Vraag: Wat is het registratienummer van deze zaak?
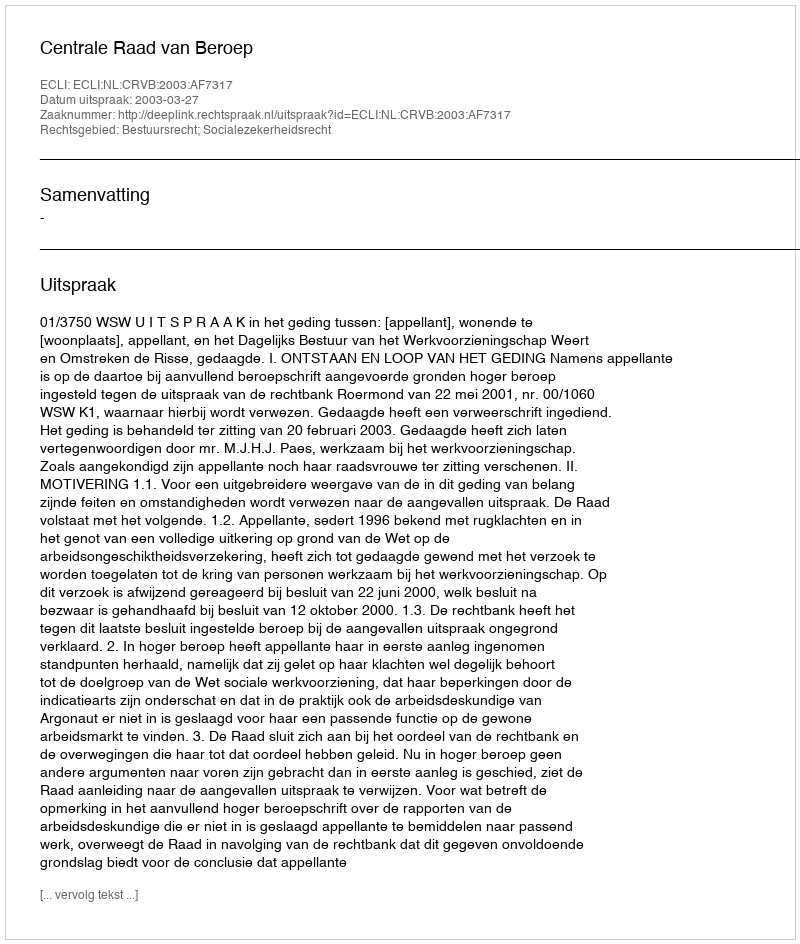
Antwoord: http://deeplink.rechtspraak.nl/uitspraak?id=ECLI:NL:CRVB:2003:AF7317